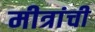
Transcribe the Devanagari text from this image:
मीत्रांची